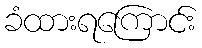
ခံထားရကြောင်း